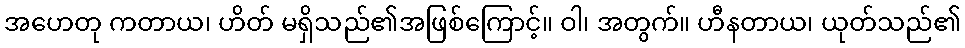
အဟေတု ကတာယ၊ ဟိတ် မရှိသည်၏အဖြစ်ကြောင့်။ ဝါ၊ အတွက်။ ဟီနတာယ၊ ယုတ်သည်၏